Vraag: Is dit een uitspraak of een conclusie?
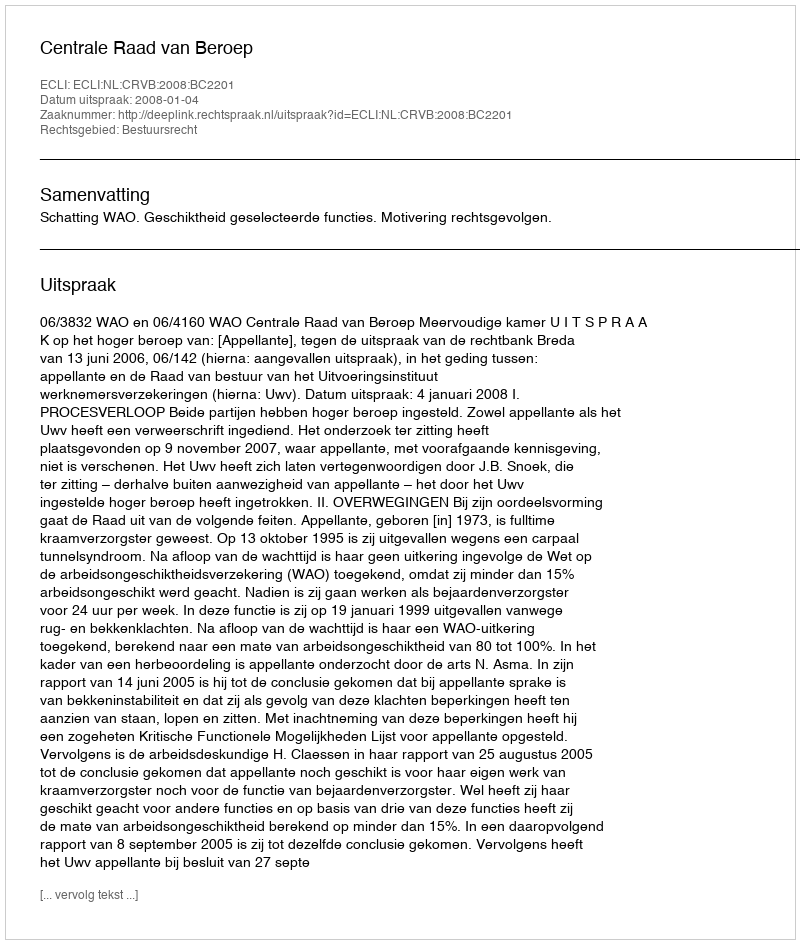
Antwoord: Uitspraak